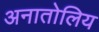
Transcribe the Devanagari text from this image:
अनातोलिय